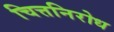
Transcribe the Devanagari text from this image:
चित्तनिरोध